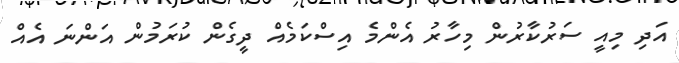
އަދި މިއީ ސަރުކާރުން މިހާރު އެންމެ އިސްކަމެއް ދީގެން ކުރަމުން އަންނަ އެއް